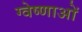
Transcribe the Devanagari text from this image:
ग्वेष्णाओं